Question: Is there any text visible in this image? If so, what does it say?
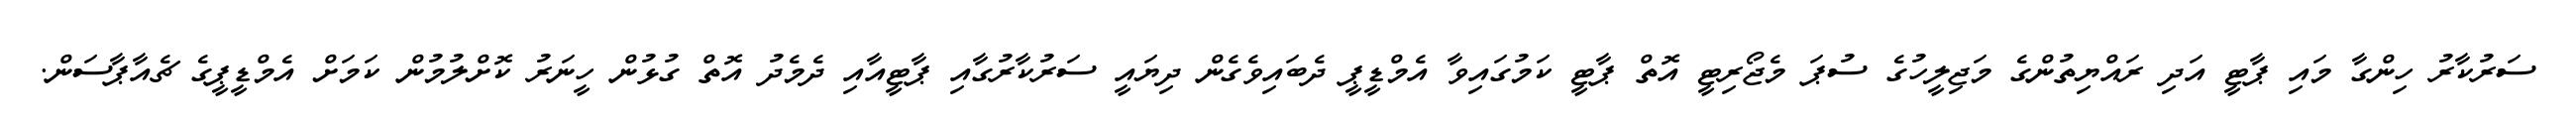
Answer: ސަރުކާރު ހިންގާ މައި ޕާޓީ އަދި ރައްޔިތުންގެ މަޖިލީހުގެ ސުޕަ މެޖޯރިޓީ އޮތް ޕާޓީ ކަމުގައިވާ އެމްޑީޕީ ދެބައިވެގެން ދިޔައީ ސަރުކާރުގާއި ޕާޓީއާއި ދެމެދު އޮތް ގުޅުން ހީނަރު ކޮށްލުމުން ކަމަށް އެމްޑީޕީގެ ޗެއާޕާސަން.